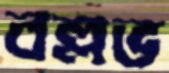
বল্লভ